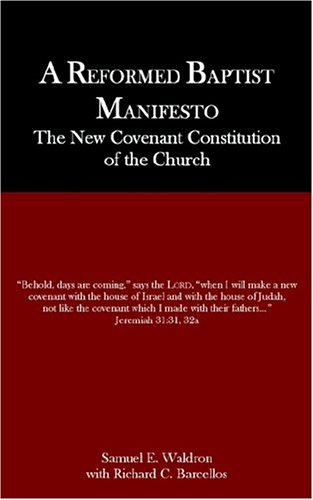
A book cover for A Reformed Baptist Manifesto; Samuel E. Waldron; Christian Books & Bibles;